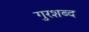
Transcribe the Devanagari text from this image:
गुरशब्द